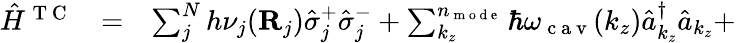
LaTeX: \begin{array}{ccl}{{\hat{H}}^{\mathrm{~T~C~}}}&{=}&{\sum_{j}^{N}h\nu_{j}(\mathbf R_{j})\hat{\sigma}_{j}^{+}\hat{\sigma}_{j}^{-}+\sum_{k_{z}}^{n_{\mathrm{~m~o~d~e~}}}\hbar\omega_{\mathrm{~c~a~v~}}(k_{z})\hat{a}_{k_{z}}^{\dagger}\hat{a}_{k_{z}}+}\end{array}